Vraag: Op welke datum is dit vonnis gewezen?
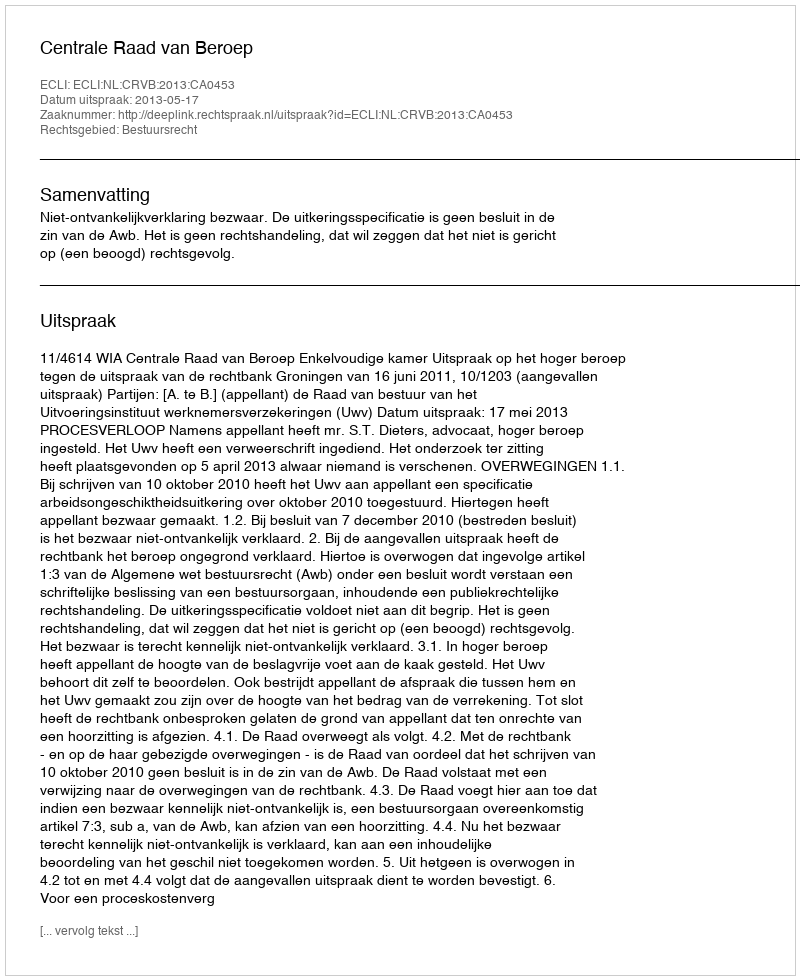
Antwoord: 2013-05-17